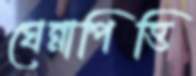
ঘেন্নাপিত্তি